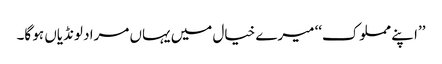
’’ا پنے مملوک‘‘ میرے خیال میں یہاں مراد لونڈیاں ہو گا۔